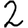
Digit: 2